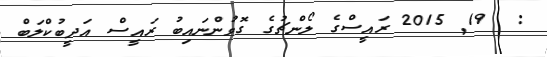
:  19